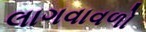
લાગવાવળો